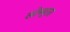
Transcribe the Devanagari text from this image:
लोब्युला